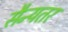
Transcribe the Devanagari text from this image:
सैन्यतर